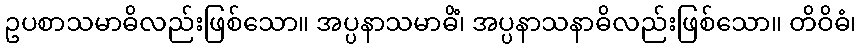
ဥပစာသမာဓိလည်းဖြစ်သော။ အပ္ပနာသမာဓိံ၊ အပ္ပနာသနာဓိလည်းဖြစ်သော။ တိဝိဓံ၊